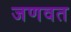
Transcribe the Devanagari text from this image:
जणवत